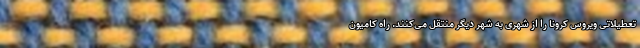
تعطیلاتی ویروس کرونا را از شهری به شهر دیگر منتقل می‌کنند. راه کامیون